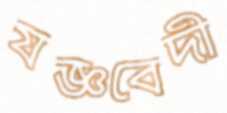
যজ্ঞবেদী